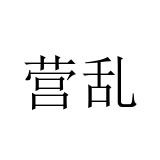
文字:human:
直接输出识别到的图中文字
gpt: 营乱